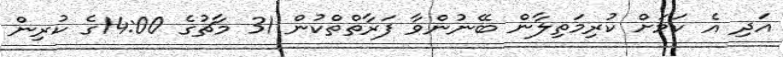
އަދި އެ ކަމަށް ކުރިމަތިލާން ބޭނުންވާ ފަރާތްތްކުން 31 މާޗުގެ 14:00ގެ ކުރިން